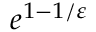
e ^ { 1 - 1 / \varepsilon }